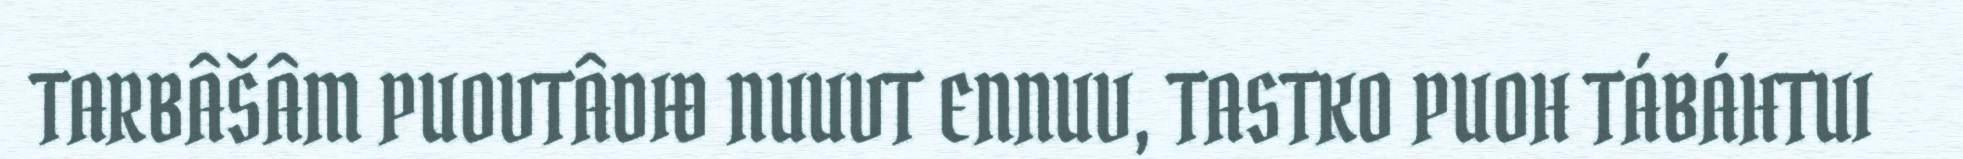
TARBÂŠÂM PUOVTÂDIĐ NUUVT ENNUV, TASTKO PUOH TÁBÁHTUI